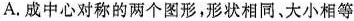
A.成中心对称的两个图形，形状相同、大小相等